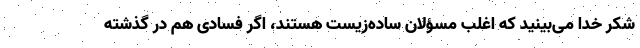
شکر خدا می‌بینید که اغلب مسؤلان ساده‌زیست هستند، اگر فسادی هم در گذشته